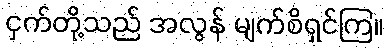
ငှက်တို့သည် အလွန် မျက်စိရှင်ကြ။